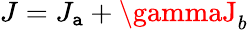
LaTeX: J=J_{\mathtt{a}}+\gammaJ_{b}